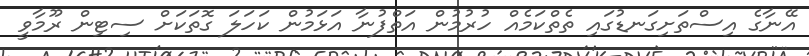
އޭނާގެ އިސްތަށިގަނޑުގައި ތެތްކަމެއް ހުރުމުން އަތްފުނާ އަޅަމުން ކަހަލަ ގޮތަކަށް ސިޓިން ރޫމާވީ